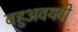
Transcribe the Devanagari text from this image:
बहुअवयवी